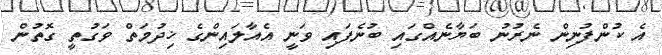
އެ ކުންފުނިން ނެރުނު ބަޔާނެއްގައި ބުނެފައި ވަނީ އެއާލައިންގެ ޚިދުމަތް ވަގުތީ ގޮތުން